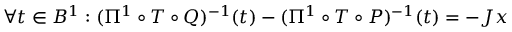
\forall t \in B ^ { 1 } : ( \Pi ^ { 1 } \circ T \circ Q ) ^ { - 1 } ( t ) - ( \Pi ^ { 1 } \circ T \circ P ) ^ { - 1 } ( t ) = - J x